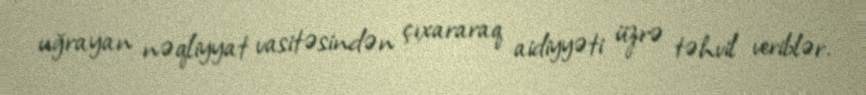
uğrayan nəqliyyat vasitəsindən çıxararaq aidiyyəti üzrə təhvil veriblər.